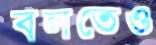
বলতেও